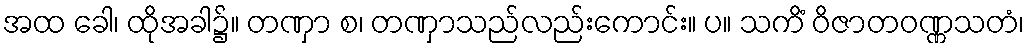
အထ ခေါ၊ ထိုအခါ၌။ တဏှာ စ၊ တဏှာသည်လည်းကောင်း။ ပ။ သကိံ ဝိဇာတဝဏ္ဏသတံ၊